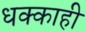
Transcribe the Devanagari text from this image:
धक्काही